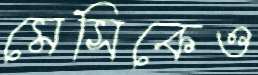
মেসিকেও